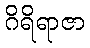
ဂိရိရာဇာ